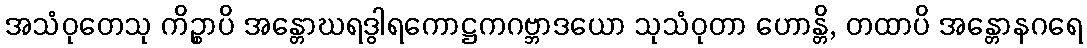
အသံဝုတေသု ကိဉ္စာပိ အန္တောဃရဒွါရကောဋ္ဌကဂဗ္ဘာဒယော သုသံဝုတာ ဟောန္တိ, တထာပိ အန္တောနဂရေ